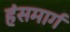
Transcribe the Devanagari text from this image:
हंसमार्ग